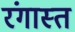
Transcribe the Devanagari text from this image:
रंगास्त